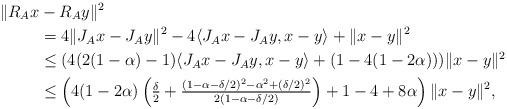
LaTeX: \begin{align*}\|R_Ax&-R_Ay\|^2\\&=4\|J_Ax-J_Ay\|^2-4\langle J_Ax-J_Ay,x-y\rangle+\|x-y\|^2\\&\leq (4(2(1-\alpha)-1)\langle J_Ax-J_Ay,x-y\rangle+(1-4(1-2\alpha)))\|x-y\|^2\\&\leq \left(4(1-2\alpha)\left(\tfrac{\delta}{2}+\tfrac{(1-\alpha-\delta/2)^2-\alpha^2+(\delta/2)^2}{2(1-\alpha-\delta/2)}\right)+1-4+8\alpha\right)\|x-y\|^2,\end{align*}